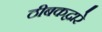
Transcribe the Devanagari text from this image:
ठीबकद्वारे